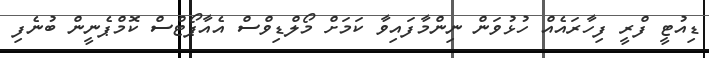
ޑިއުޓީ ފްރީ ފިހާރައެއް ހުޅުވަން ނިންމާފައިވާ ކަމަށް މޯލްޑިވްސް އެއާޕޯޓްސް ކޮމްޕެނީން ބުނެފި